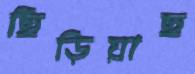
ছিঁড়িয়াছ